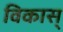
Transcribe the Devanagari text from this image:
विकास्